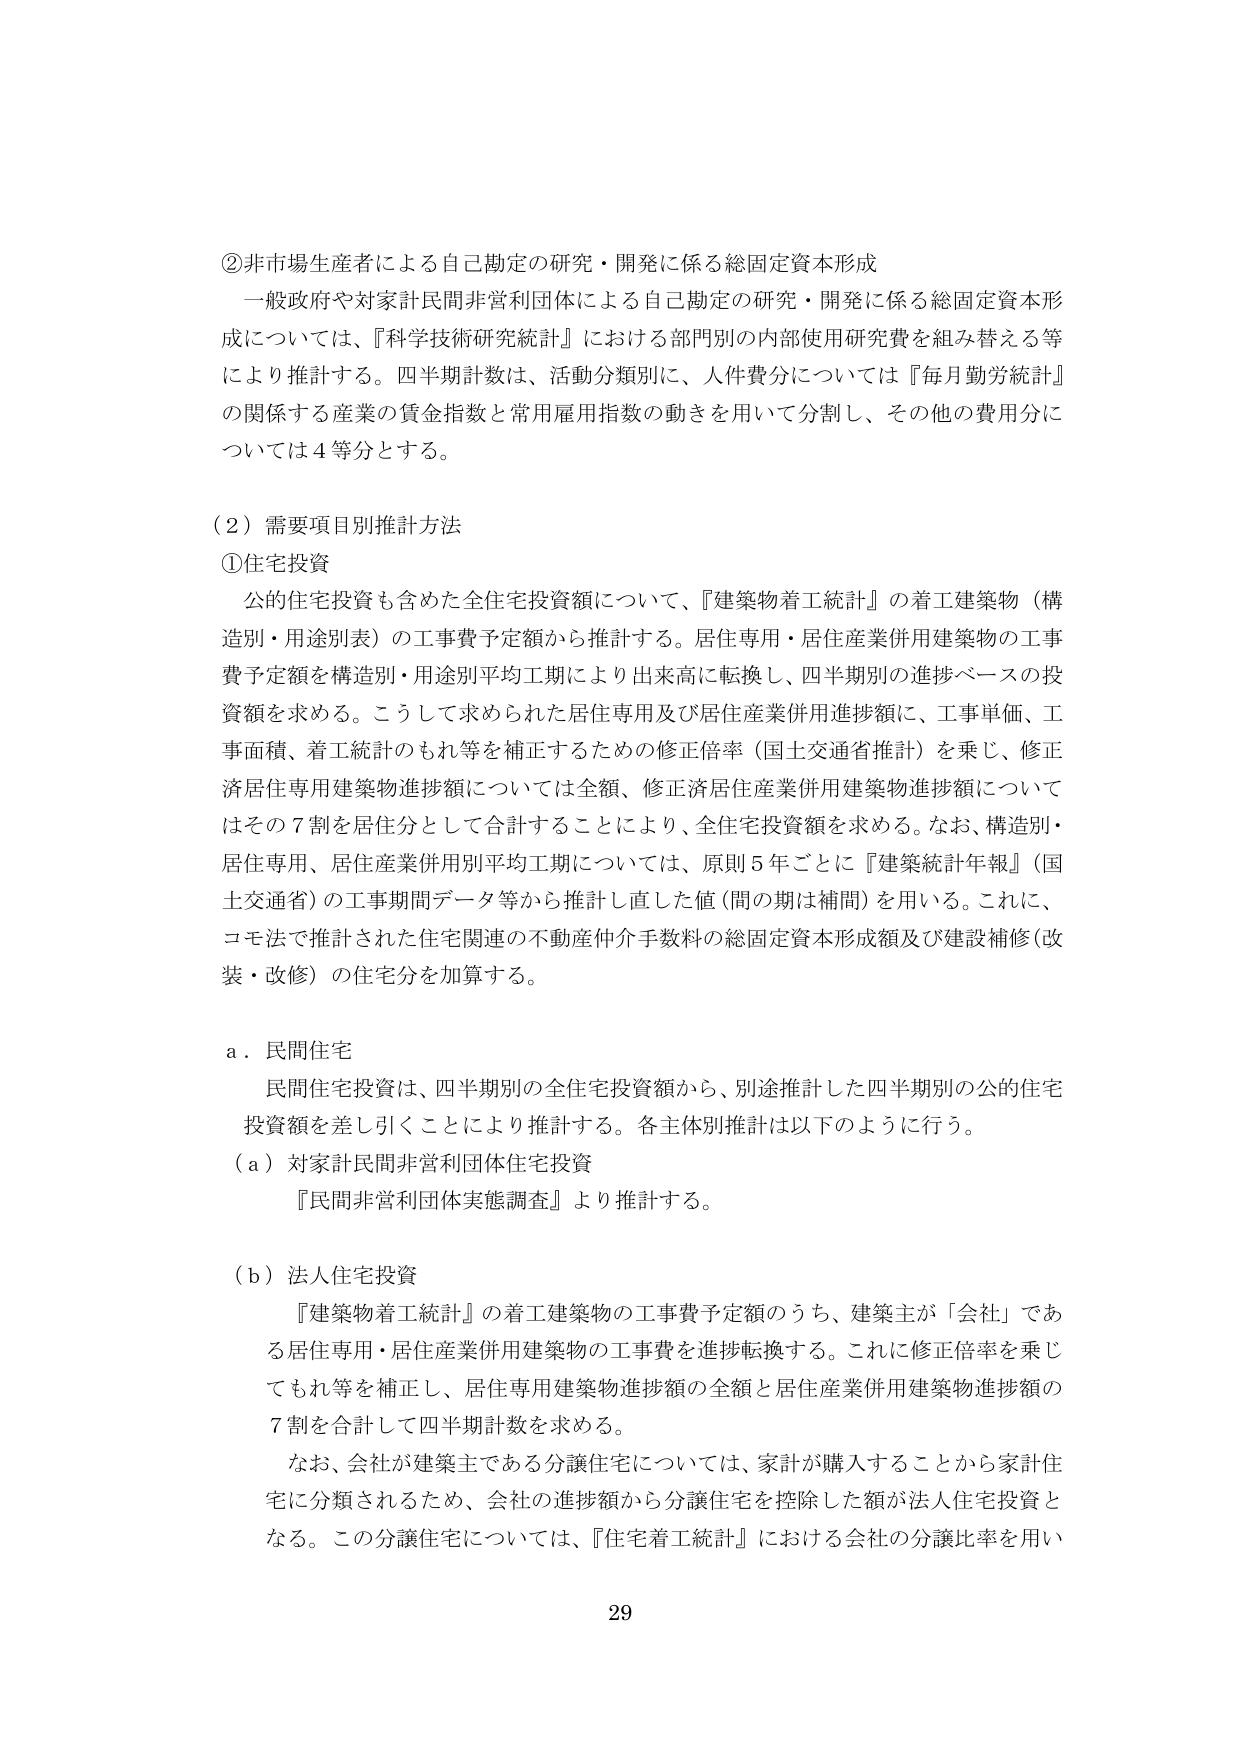
②非市場生産者による自己勘定の研究・開発に係る総固定資本形成
一般政府や対家計民間非営利団体による自己勘定の研究・開発に係る総固定資本形成については、『科学技術研究統計』における部門別の内部使用研究費を組み替える等により推計する。四半期計数は、活動分類別に、人件費分については『毎月勤労統計』の関係する産業の賃金指数と常用雇用指数の動きを用いて分割し、その他の費用分については4等分とする。

（2）需要項目別推計方法
①住宅投資
公的住宅投資も含めた全住宅投資額について、『建築物着工統計』の着工建築物（構造別・用途別）の工事費予定額から推計する。居住専用・居住産業併用建築物の工事費予定額を構造別・用途別平均工期により出来高に転換し、四半期別の進捗ベースの投資額を求める。こうして求められた居住専用及び居住産業併用進捗額に、工事単価、工事面積、着工統計のもれ等を補正するための修正倍率（国土交通省推計）を乗じ、修正済居住専用建築物進捗額については全額、修正済居住産業併用建築物進捗額についてはその7割を居住分として合計することにより、全住宅投資額を求める。なお、構造別・居住専用、居住産業併用別平均工期については、原則5年ごとに『建築統計年報』（国土交通省）の工事期間データ等から推計し直した値（間の期は補間）を用いる。これに、コモ法で推計された住宅関連の不動産仲介手数料の総固定資本形成額及び建設補修（改装・改修）の住宅分を加算する。

a．民間住宅
民間住宅投資は、四半期別の全住宅投資額から、別途推計した四半期別の公的住宅投資額を差し引くことにより推計する。各主体別推計は以下のように行う。
（a）対家計民間非営利団体住宅投資
『民間非営利団体実態調査』より推計する。

（b）法人住宅投資
『建築物着工統計』の着工建築物の工事費予定額のうち、建築主が「会社」である居住専用・居住産業併用建築物の工事費を進捗転換する。これに修正倍率を乗じてもれ等を補正し、居住専用建築物進捗額の全額と居住産業併用建築物進捗額の7割を合計して四半期計数を求める。
なお、会社が建築主である分譲住宅については、家計が購入することから家計住宅に分類されるため、会社の進捗額から分譲住宅を控除した額が法人住宅投資となる。この分譲住宅については、『住宅着工統計』における会社の分譲比率を用い

29